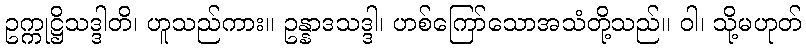
ဥက္ကုဋ္ဌိသဒ္ဒါတိ၊ ဟူသည်ကား။ ဥန္နာဒသဒ္ဒါ၊ ဟစ်ကြော်သောအသံတို့သည်။ ဝါ၊ သို့မဟုတ်